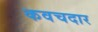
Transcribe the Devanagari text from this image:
कवचदार